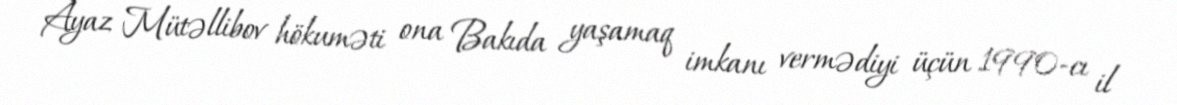
Ayaz Mütəllibov hökuməti ona Bakıda yaşamaq imkanı vermədiyi üçün 1990-cı il